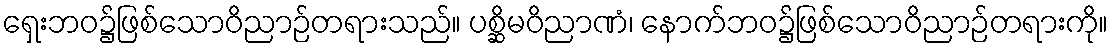
ရှေးဘဝ၌ဖြစ်သောဝိညာဉ်တရားသည်။ ပစ္ဆိမဝိညာဏံ၊ နောက်ဘဝ၌ဖြစ်သောဝိညာဉ်တရားကို။